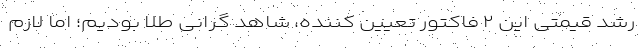
رشد قیمتی این ۲ فاکتور تعیین کننده، شاهد گرانی طلا بودیم؛ اما لازم